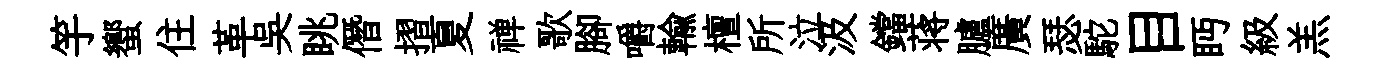
竽蠁住革吴眺僭摺夏禅歌腳嚼輸檀所泣汲鐺蒋臚廣瑟駝目眄級羔